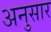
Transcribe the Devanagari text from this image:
अनुसार